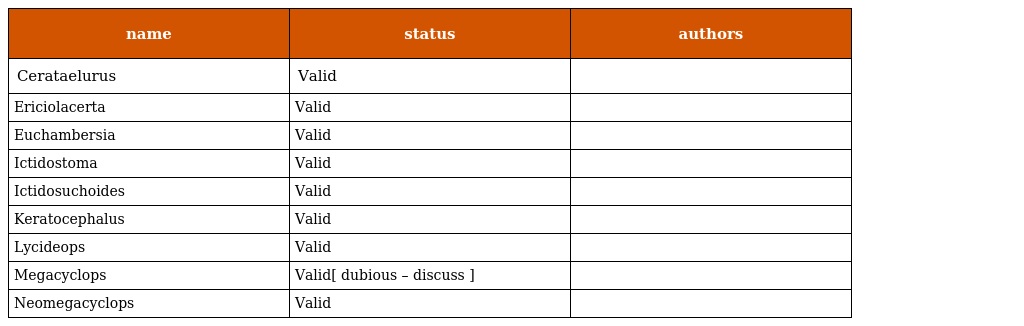
| name | status | authors |
 | --- | --- | --- |
 | Cerataelurus | Valid |  |
 | Ericiolacerta | Valid |  |
 | Euchambersia | Valid |  |
 | Ictidostoma | Valid |  |
 | Ictidosuchoides | Valid |  |
 | Keratocephalus | Valid |  |
 | Lycideops | Valid |  |
 | Megacyclops | Valid[ dubious – discuss ] |  |
 | Neomegacyclops | Valid |  |